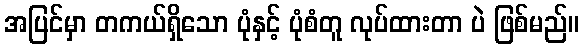
အပြင်မှာ တကယ်ရှိသော ပုံနှင့် ပုံစံတူ လုပ်ထားတာ ပဲ ဖြစ်မည်။